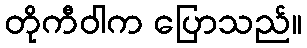
တိုကီဝါက ပြောသည်။